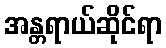
အန္တရာယ်ဆိုင်ရာ